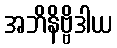
အဘိနိဗ္ဗိဒါယ